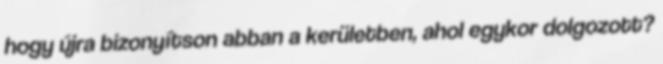
hogy újra bizonyítson abban a kerületben, ahol egykor dolgozott?